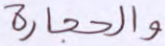
والحجارة